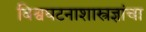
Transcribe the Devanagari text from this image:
विश्वघटनाशास्त्रज्ञांचा